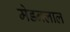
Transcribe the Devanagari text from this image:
मेडनलाल